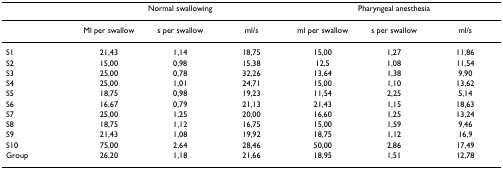
<table><thead><tr><td></td><td colspan="3"><b>Normal swallowing</b></td><td colspan="3"><b>Pharyngeal anesthesia</b></td></tr></thead><tbody><tr><td></td><td>Ml per swallow</td><td>s per swallow</td><td>ml/s</td><td>ml per swallow</td><td>s per swallow</td><td>ml/s</td></tr><tr><td>S1</td><td>21,43</td><td>1,14</td><td>18,75</td><td>15,00</td><td>1,27</td><td>11,86</td></tr><tr><td>S2</td><td>15,00</td><td>0,98</td><td>15,38</td><td>12,5</td><td>1,08</td><td>11,54</td></tr><tr><td>S3</td><td>25,00</td><td>0,78</td><td>32,26</td><td>13,64</td><td>1,38</td><td>9,90</td></tr><tr><td>S4</td><td>25,00</td><td>1,01</td><td>24,71</td><td>15,00</td><td>1,10</td><td>13,62</td></tr><tr><td>S5</td><td>18,75</td><td>0,98</td><td>19,23</td><td>11,54</td><td>2,25</td><td>5,14</td></tr><tr><td>S6</td><td>16,67</td><td>0,79</td><td>21,13</td><td>21,43</td><td>1,15</td><td>18,63</td></tr><tr><td>S7</td><td>25,00</td><td>1,25</td><td>20,00</td><td>16,60</td><td>1,25</td><td>13,24</td></tr><tr><td>S8</td><td>18,75</td><td>1,12</td><td>16,75</td><td>15,00</td><td>1,59</td><td>9,46</td></tr><tr><td>S9</td><td>21,43</td><td>1,08</td><td>19,92</td><td>18,75</td><td>1,12</td><td>16,9</td></tr><tr><td>S10</td><td>75,00</td><td>2,64</td><td>28,46</td><td>50,00</td><td>2,86</td><td>17,49</td></tr><tr><td>Group</td><td>26,20</td><td>1,18</td><td>21,66</td><td>18,95</td><td>1,51</td><td>12,78</td></tr></tbody></table>